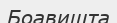
Боавишта